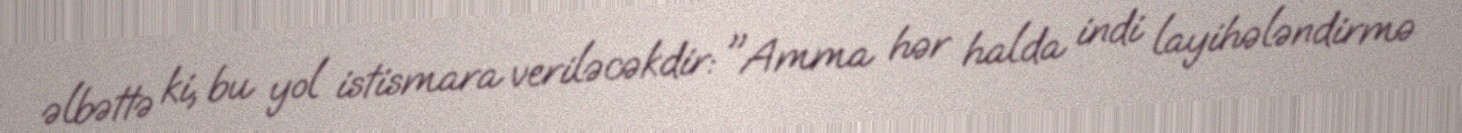
əlbəttə ki, bu yol istismara veriləcəkdir: "Amma hər halda indi layihələndirmə